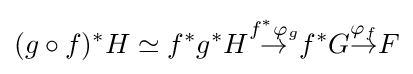
(g\circ f)^{*}H\simeq f^{*}g^{*}H{\overset {f^{*}\varphi _{g}}{\to }}f^{*}G{\overset {\varphi _{f}}{\to }}F